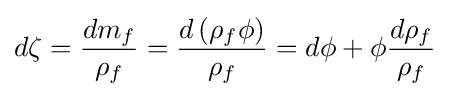
d\zeta ={\frac {dm_{f}}{\rho _{f}}}={\frac {d\left({{\rho _{f}}\phi }\right)}{\rho _{f}}}=d\phi +\phi {\frac {d{\rho _{f}}}{\rho _{f}}}